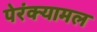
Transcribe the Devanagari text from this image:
पेरंक्यामल